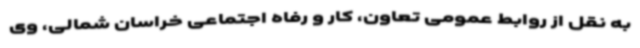
به نقل از روابط عمومی تعاون، کار و رفاه اجتماعی خراسان شمالی، وی